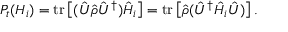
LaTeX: P _ { t } ( H _ { i } ) = \operatorname { t r } \left[ ( { \hat { U } } { \hat { \rho } } { \hat { U } } ^ { \dagger } ) { \hat { H } } _ { i } \right] = \operatorname { t r } \left[ { \hat { \rho } } ( { \hat { U } } ^ { \dagger } { \hat { H } } _ { i } { \hat { U } } ) \right] .